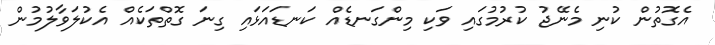
އެގޮތުން ކުނި މެނޭޖު ކުރުމުގައި ވަކި މިންގަނޑެއް ކަނޑައަޅައި ގިނަ ގޮތްތަކެއް އެކުލަވާލުމުން